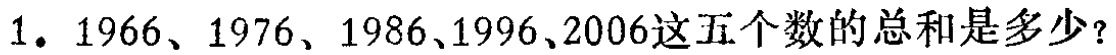
1. 1966、1976、1986、1996、2006这五个数的总和是多少？